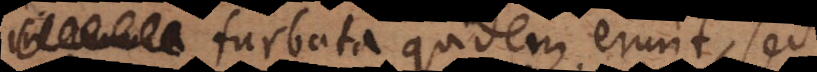
turbata quidem erunt, sed